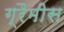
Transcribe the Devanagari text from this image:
ग्रैमीस